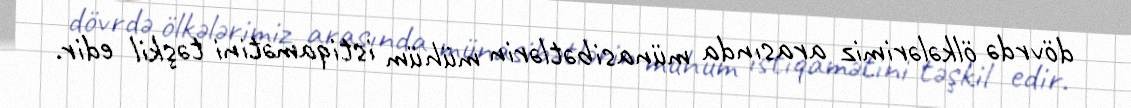
dövrdə ölkələrimiz arasında münasibətlərin mühüm istiqamətini təşkil edir.